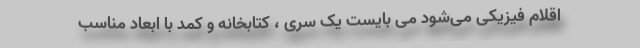
اقلام فیزیکی می‌شود می بایست یک سری ، کتابخانه و کمد با ابعاد مناسب